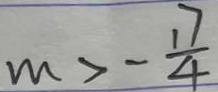
m > - \frac { 1 7 } { 4 }